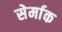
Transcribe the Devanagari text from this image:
सेर्माक